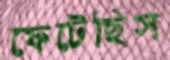
ফেটেছিস